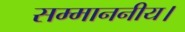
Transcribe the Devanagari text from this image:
सम्माननीय।